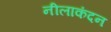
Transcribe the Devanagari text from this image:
नीलाकंदन